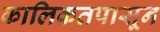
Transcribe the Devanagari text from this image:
कालिकतपासून